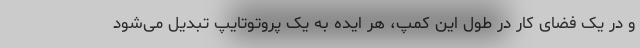
و در یک فضای کار در طول این کمپ، هر ایده به یک پروتوتایپ تبدیل می‌شود